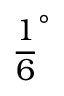
\frac { 1 } { 6 } ^ { \circ }